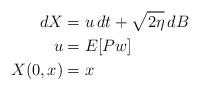
LaTeX: \begin{align*} dX &= u\,dt + \sqrt{2\eta}\,dB\\ u &= E[Pw]\\ X(0,x) &= x\end{align*}